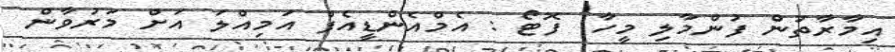
އިމާރާތުން ފުންމާލި މީހާ  ފޮޓޯ : އެމްއެންޑީއެފް އަމިއްލަ އަށް މަރުވާން